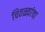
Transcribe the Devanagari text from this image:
चितळ्यांचा